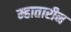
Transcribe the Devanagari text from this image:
म्हातारीन